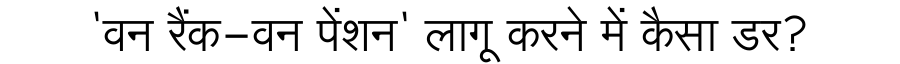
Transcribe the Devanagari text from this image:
'वन रैंक-वन पेंशन' लागू करने में कैसा डर?